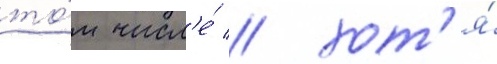
то́м числ'е́ / хот'я́